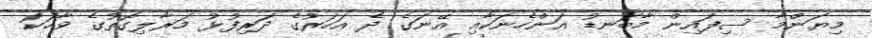
މިޔަންމާ ސިފައިން މާބަނޑު އަންހެނަކާއި އޭނަގެ ދެ އަހަރުގެ ދަރިފުޅު މަރާލިގޮތުގެ ވާހަކަ